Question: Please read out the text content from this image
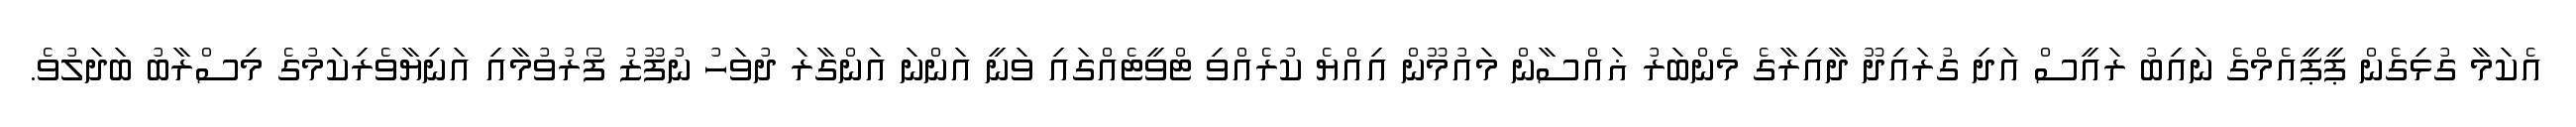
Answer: އެކަމާ ގުޅިގެން ޕީޕީއެމްގެ ނައިބު ރައީސް އަދި ގުރައިދޫ ދާއިރާގެ މެންބަރު ޣައްސާން މައުމޫން އިއްޔެ ކުރެއްވި ޓްވީޓެއްގައި ވަނީ އަންނަ އަންގާރަ ދުވަހު ނުފޫޒު ފޯރުވުމާއި އަނިޔާވެރިކަމުގެ މިސްރާބު ބަދަލުވެ.